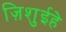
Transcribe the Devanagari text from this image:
ज़िशुईहे